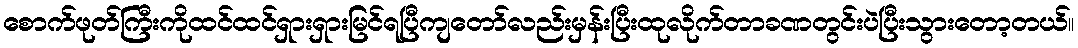
စောက်ဖုတ်ကြီးကိုထင်ထင်ရှားရှားမြင်ရပြီကျတော်လည်းမှန်းပြီးထုလိုက်တာခဏတွင်းပဲပြီးသွားတော့တယ်။